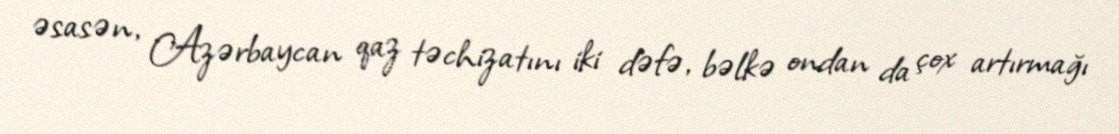
əsasən, Azərbaycan qaz təchizatını iki dəfə, bəlkə ondan da çox artırmağı